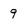
Character: 9